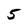
Character: 5